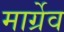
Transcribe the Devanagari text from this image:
मार्ग्रेव